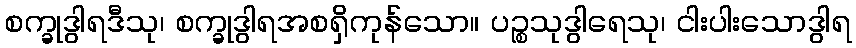
စက္ခုဒွါရဒီသု၊ စက္ခုဒွါရအစရှိကုန်သော။ ပဉ္စသုဒွါရေသု၊ ငါးပါးသောဒွါရ